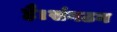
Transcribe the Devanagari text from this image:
है।संगठन